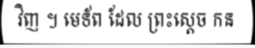
វិញ ។ មេទ័ព ដែល ព្រះស្តេច កន